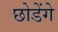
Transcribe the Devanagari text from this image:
छोडेंगे